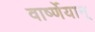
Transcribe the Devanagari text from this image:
वार्ष्णेयान्‌